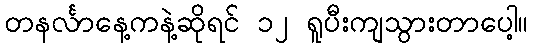
တနင်္လာနေ့ကနဲ့ဆိုရင် ၁၂ ရူပီးကျသွားတာပေါ့။